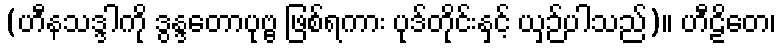
(ဟီနသဒ္ဒါကို ဒွန္ဒတောပုဗ္ဗ ဖြစ်ရကား ပုဒ်တိုင်းနှင့် ယှဉ်ပါသည်)။ ဟီဠိတေ၊